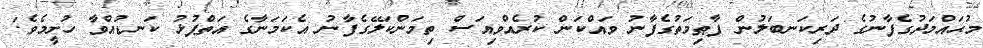
މުޙައްމަދުގެފާނުގެ ދަރިކަނބަލުން ފާޠިމަތުގެފާނު ވައްކަން ކުރެއްވިއަސް ތިމަންކަލޭގެފާނު އެކަމަނާގެ އަތްޕުޅު ކަނޑުއްވާ ހުށީމެވެ.'